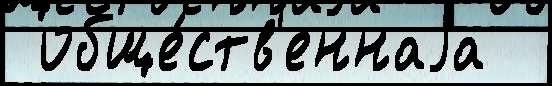
 обще́ств'еннаjа